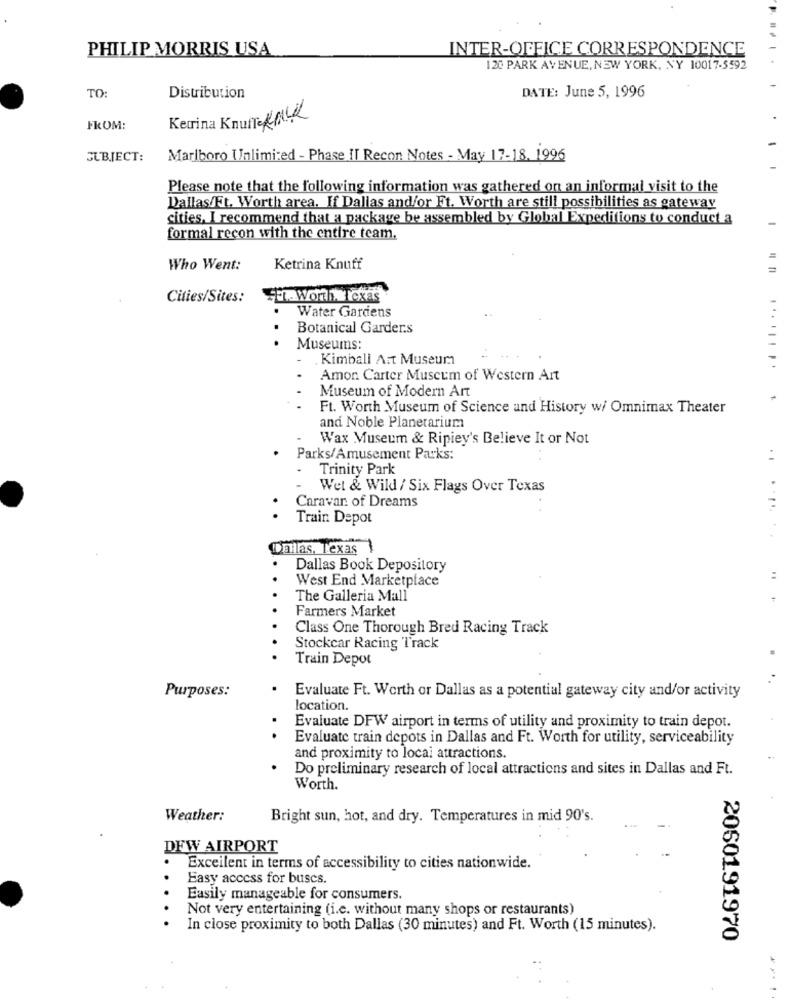
PHILIP MORRIS USA
INTER-OFFICE CORRESPONDENCE
120 PARK AVENUE, NEW YORK, NY 10017-5592
DATE: June 5, 1996
TO:
Distribution
Keurina Knuffe KALK
FROM:
SUBJECT:
Marlboro Unlimited - Phase II Recon Notes - May 17-18. 1996
Please note that the following information was gathered on an informal visit to the
Dallas/Ft. Worth area. If Dallas and/or Ft. Worth are still possibilities as gateway
cities, I recommend that a package be assembled by Global Expeditions to conduct a
formal recon with the entire team.
Who Went:
Ketrina Knuff
Cities/Sites:
Ft. Worth, Texas
.
Water Gardens
.
Botanical Garder.s
Museums:
Kimball Art Museum
Amon Carter Museum of Western Art
Museum of Modern Art
Ft. Worth Museum of Science and History w/ Omnimax Theater
and Noble Planetarium
Wax Museum & Ripiey's Believe It or Not
Parks/Amusement Parks:
. .
Trinity Park
Wet & Wild / Six Flags Over Texas
Caravan of Dreams
.
Train Depot
Dallas, Texas
Dallas Book Depository
West End Marketplace
The Galleria Mall
Farmers Market
Class One Thorough Bred Racing Track
Stockcar Racing Track
Train Depot
Purposes:
Evaluate Ft. Worth or Dallas as a potential gateway city and/or activity
location.
Evaluate DFW airport in terms of utility and proximity to train depot.
Evaluate train depots in Dallas and Ft. Worth for utility, serviceability
and proximity to local attractions.
Do preliminary research of local attractions and sites in Dallas and Ft.
Worth.
Weather:
Bright sun, hot, and dry. Temperatures in mid 90's.
DFW AIRPORT
Exceilent in terms of accessibility to cities nationwide.
Easy access for buses.
Easily manageable for consumers.
Not very entertaining (i.c. without many shops or restaurants)
In close proximity to both Dallas (30 minutes) and Ft. Worth (15 minutes).
2060191970